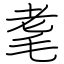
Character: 耄